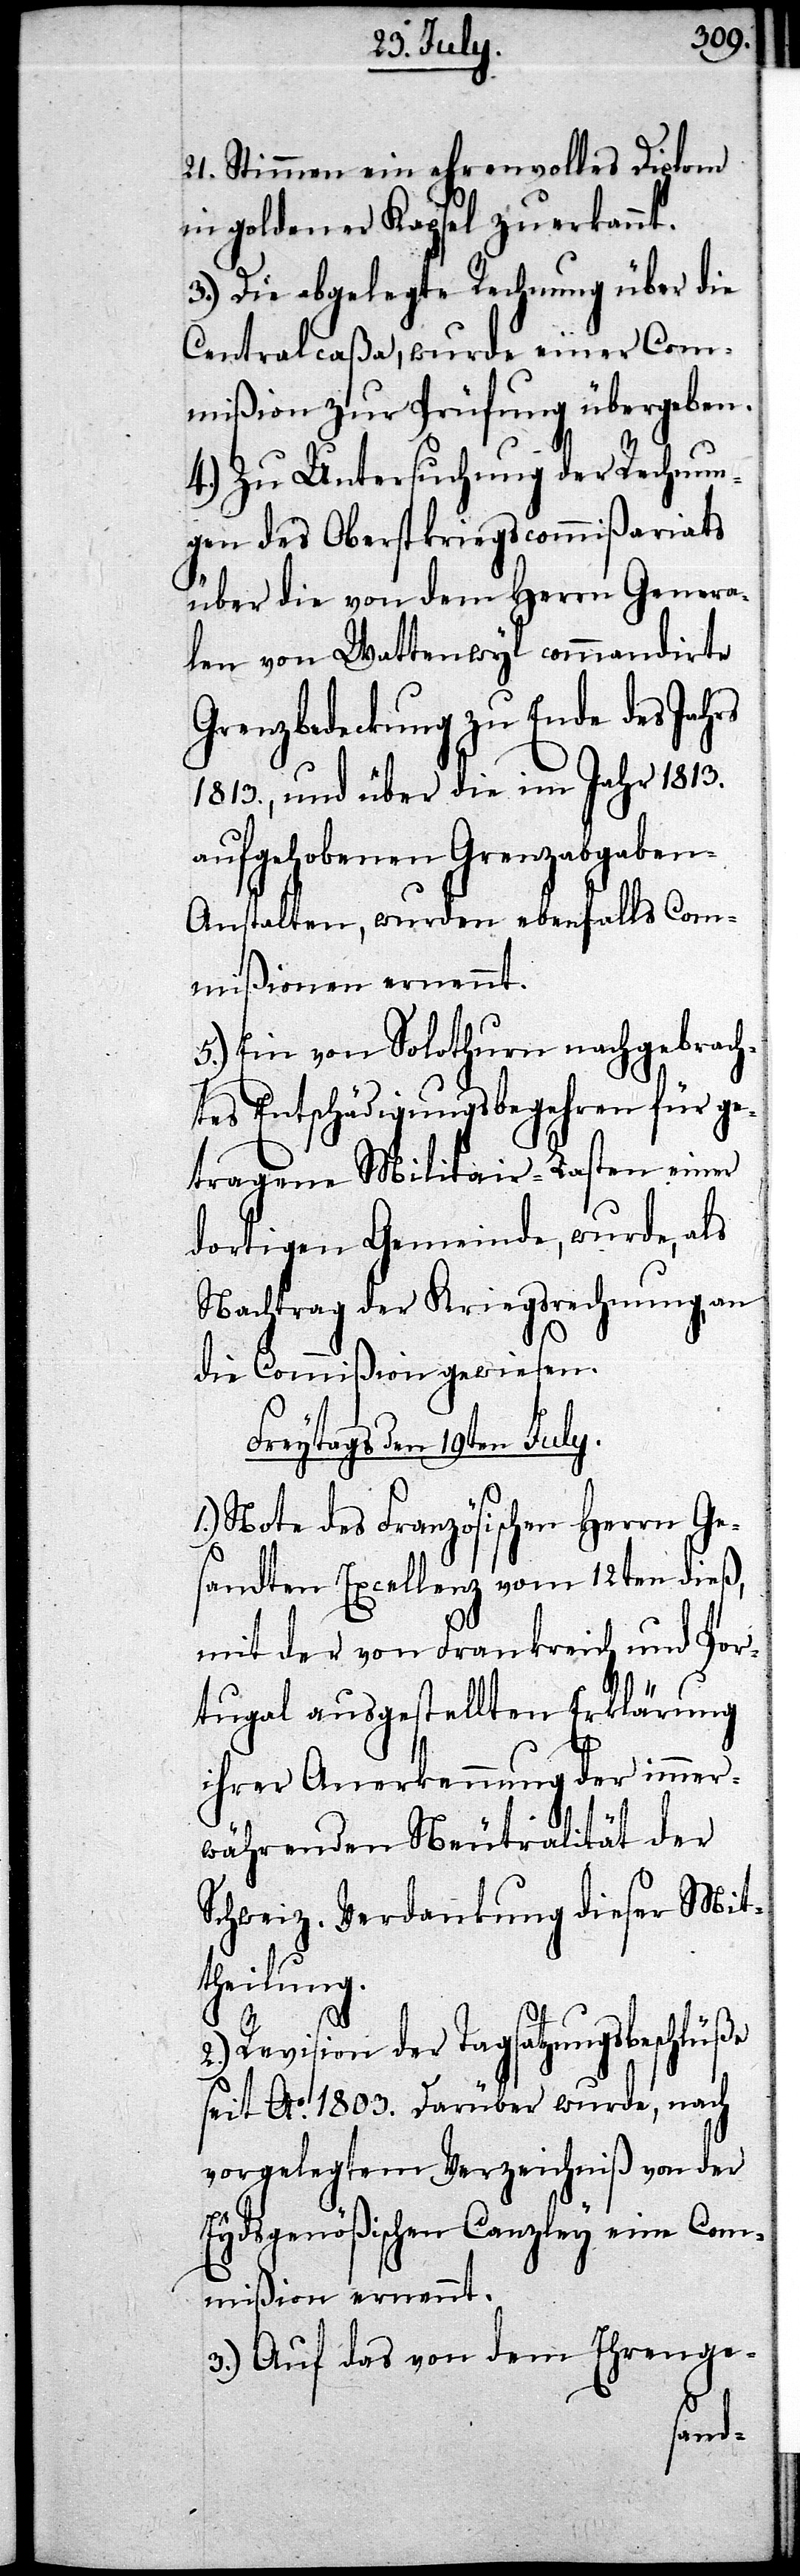
21. Stimmen ein ehrenvolles Diplom
in goldener Kapsel zuerkannt.
3.) Die abgelegte Rechnung über die
Centralcaßa, wurde einer Com¬
mißion zur Prüfung übergeben.
4.) Zu Untersuchung der Rechnun¬
gen des Oberstkriegscommißariats
über die von dem Herrn Genera¬
len von Wattenwyl commandirte
Grenzbedeckung zu Ende des Jahr¬
1813., und über die im Jahr 1813.
aufgehobenen Grenzabgabe¬
n-Anstalten, wurden ebenfalls Com¬
mißionen ernennt.
5.) Ein von Solothurn nachgebrach¬
tes Entschädigungsbegehren für ge¬
tragenen Militair-Lasten einer
dortigen Gemeinde, wurde, als
Nachtrag der Kriegsrechnung, an
die Commißion gewiesen.
Freytags den 19ten July.
1.) Note des Französischen Herrn Ge¬
sandten Excellenz vom 12ten dieß,
mit der von Frankreich und Por¬
tugal ausgestellten Erklärung
ihrer Anerkennung der immer¬
währenden Neutralität der
Schweiz. Verdankung dieser Mit¬
theilung.
2.) Revision der Tagsatzungsbeschlüße
seit Ao. 1803. Darüber wurde, nach
vorgelegtem Verzeichniß von der
Eydsgenößischen Canzley eine Com¬
mißion ernennt.
3.) Auf das von dem Ehrenge-
es